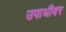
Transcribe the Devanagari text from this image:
उपाधीवर